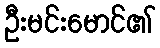
ဦးမင်းမောင်၏